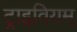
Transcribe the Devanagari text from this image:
ट्राइवियम